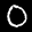
Label: 0